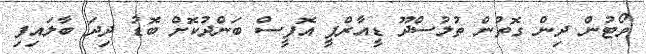
ވޯޓުން ދިން ގޮތުން ތުލުސްދޫ ޑީއާރްޕީ އޮފީސް ބަންދުކޮށް ބޮޑު ދިދަ ބާލައިފި